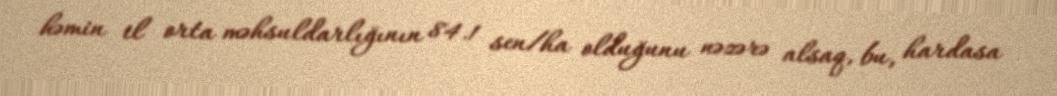
həmin il orta məhsuldarlığının 84.1 sen/ha olduğunu nəzərə alsaq, bu, hardasa